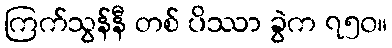
ကြက်သွန်နီ တစ် ပိဿာ ခွဲက ၇၅၀။